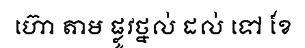
ហ៊ោ តាម ផ្លូវថ្នល់ ដល់ ទៅ ខែ